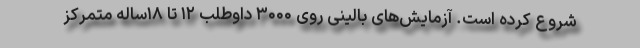
شروع کرده است. آزمایش‌های بالینی روی ۳۰۰۰ داوطلب ۱۲ تا ۱۸ساله متمرکز